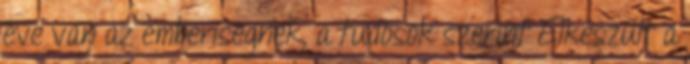
éve van az emberiségnek, a tudósok szerint Elkészült a